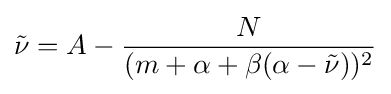
{\tilde {\nu }}=A-{\frac {N}{(m+{\alpha }+{\beta }({\alpha }-{\tilde {\nu }}))^{2}}}